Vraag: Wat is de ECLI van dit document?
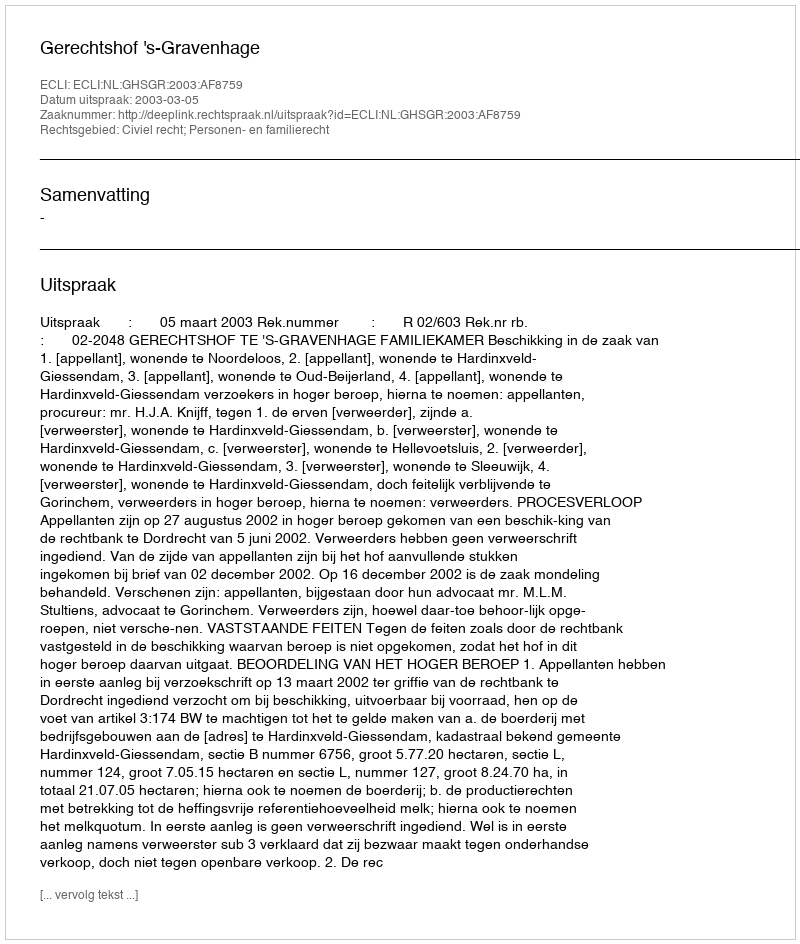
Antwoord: ECLI:NL:GHSGR:2003:AF8759